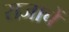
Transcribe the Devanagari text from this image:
राजाचें